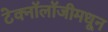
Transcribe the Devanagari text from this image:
टेक्‍नॉलॉजीमधून